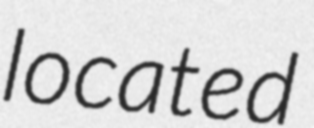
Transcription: located